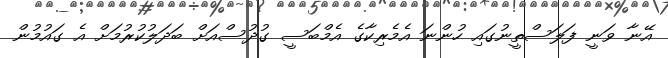
އޭނާ ވަނީ ފަލަސްތީނުގައި ހުންނަ އެމެރިކާގެ އެމްބަސީ ގުދުސްއަށް ބަދަލުކުރުމަށް އެ ގައުމުން